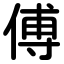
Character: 傅